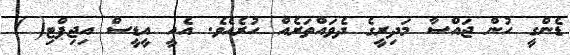
ޑެންގީ ހުން ޖައްސާ މަދިރީގެ ދެވައްތަރެއް ހުރެއެވެ. އެއީ އީޑީސް އިޖިޕްޓި( )